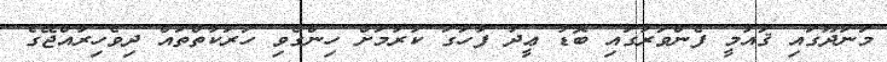
މަނަދޫގައި ޤައުމީ ފެންވަރުގައި ބޮޑު ޢީދު ފާހަގަ ކުރުމަށް ހިންގެވި ހަރަކާތްތައް ދިވެހިރާއްޖޭގެ